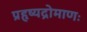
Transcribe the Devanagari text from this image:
प्रहृष्यद्रोमाणः